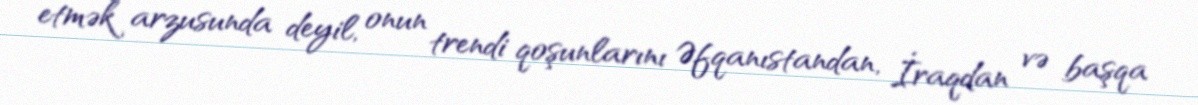
etmək arzusunda deyil, onun trendi qoşunlarını Əfqanıstandan, İraqdan və başqa